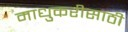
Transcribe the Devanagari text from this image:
माधुकरीसाठी